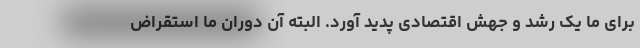
برای ما یک رشد و جهش اقتصادی پدید آورد. البته آن دوران ما استقراض